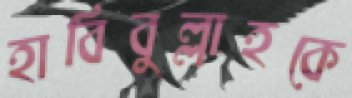
হাবিবুল্লাহকে